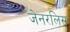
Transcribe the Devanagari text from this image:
जेनरलिस